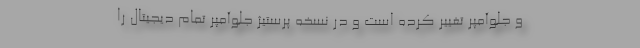
و جلوآمپر تغییر کرده است و در نسخه پرستیژ جلوآمپر تمام دیجیتال را